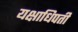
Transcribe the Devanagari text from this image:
यक्षाधिपती